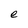
Character: e